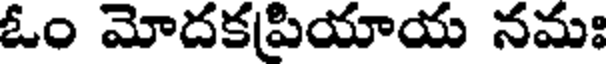
ఓం మోదకపియాయ నమః